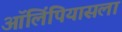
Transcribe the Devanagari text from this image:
ऑलिंपियासला